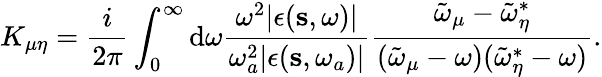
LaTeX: K_{\mu\eta}=\frac{i}{2\pi}\int_{0}^{\infty}{\mathrm d}\omega\frac{\omega^{2}|\epsilon(\mathbf s,\omega)|}{\omega_{a}^{2}|\epsilon(\mathbf{s},\omega_{a})|}\frac{\tilde{\omega}_{\mu}-\tilde{\omega}_{\eta}^{*}}{(\tilde{\omega}_{\mu}-\omega)(\tilde{\omega}_{\eta}^{*}-\omega)}.